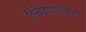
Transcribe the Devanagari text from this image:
तिखटपणासाठी